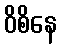
ဝိစိနေ